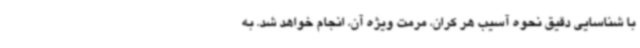
با شناسایی دقیق نحوه آسیب هر کران، مرمت ویژه آن، انجام خواهد شد. به